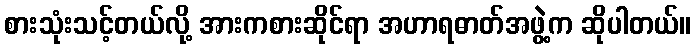
စားသုံးသင့်တယ်လို့ အားကစားဆိုင်ရာ အဟာရဓာတ်အဖွဲ့က ဆိုပါတယ်။